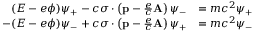
{ \begin{array} { r l } { ( E - e \phi ) \psi _ { + } - c { \boldsymbol { \sigma } } \cdot \left( \mathbf { p } - { \frac { e } { c } } \mathbf { A } \right) \psi _ { - } } & { = m c ^ { 2 } \psi _ { + } } \\ { - ( E - e \phi ) \psi _ { - } + c { \boldsymbol { \sigma } } \cdot \left( \mathbf { p } - { \frac { e } { c } } \mathbf { A } \right) \psi _ { + } } & { = m c ^ { 2 } \psi _ { - } } \end{array} }